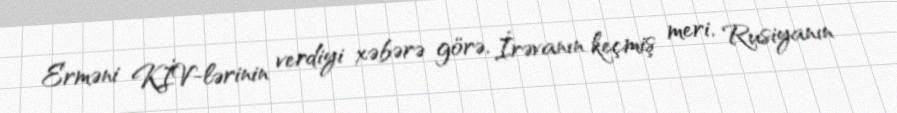
Erməni KİV-lərinin verdiyi xəbərə görə, İrəvanın keçmiş meri, Rusiyanın